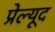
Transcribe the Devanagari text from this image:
प्रेल्यूद